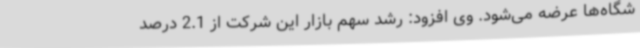
شگاه‌ها عرضه می‌شود. وی افزود: رشد سهم بازار این شرکت از 2.1 درصد